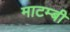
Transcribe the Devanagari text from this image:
माटम्बी